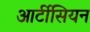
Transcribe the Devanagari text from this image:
आर्टीसियन